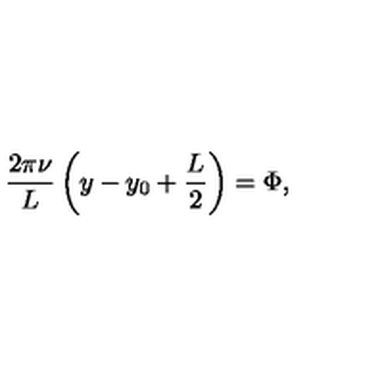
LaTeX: \frac { 2 \pi \nu } { L } \left( y - y _ { 0 } + \frac { L } { 2 } \right) = \Phi ,